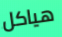
هياكل